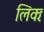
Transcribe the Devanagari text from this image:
लिकः